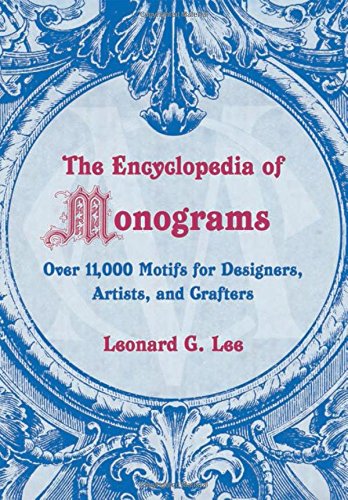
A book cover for The Encyclopedia of Monograms; Leonard G. Lee; Crafts, Hobbies & Home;